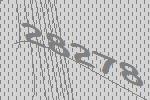
28278